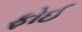
ફોઈ